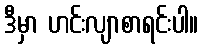
ဒီမှာ ဟင်းလျာစာရင်းပါ။